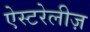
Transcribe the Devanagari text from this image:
ऐस्टरेलीज़